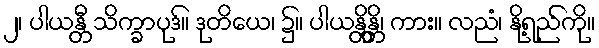
၂၊ ပါယန္တီ သိက္ခာပုဒ်။ ဒုတိယေ၊ ၌။ ပါယန္တိန္တိ၊ ကား။ လညံ၊ နို့ရည်ကို။